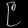
Digit: ၉